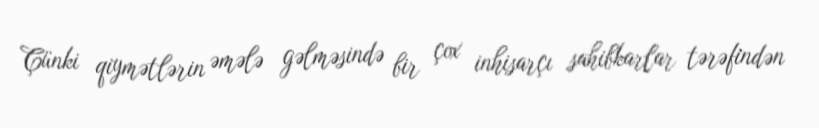
Çünki qiymətlərin əmələ gəlməsində bir çox inhisarçı sahibkarlar tərəfindən